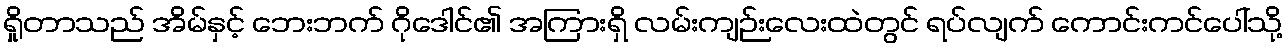
ရှိုတာသည် အိမ်နှင့် ဘေးဘက် ဂိုဒေါင်၏ အကြားရှိ လမ်းကျဉ်းလေးထဲတွင် ရပ်လျက် ကောင်းကင်ပေါ်သို့